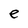
Character: e